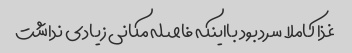
غذا کاملا سرد بود بااینکه فاصله مکانی زیادی نداشت